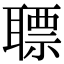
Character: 䏇